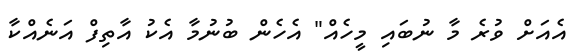
އެއަށް ވުރެ މާ ނުބައި މީހެއް" އެހެން ބުނުމާ އެކު އާތިފް އަނެއްކާ